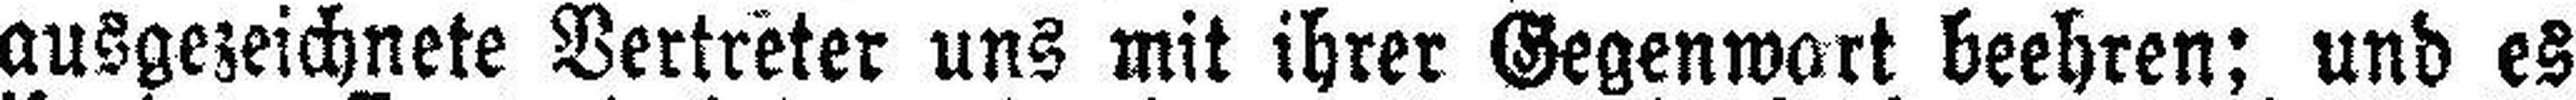
ausgezeichnete Vertreter uns mit ihrer Gegenwart beehren; und es